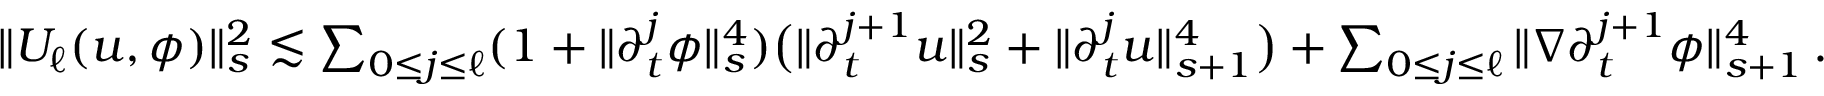
\begin{array} { r } { \| U _ { \ell } ( u , \phi ) \| _ { s } ^ { 2 } \lesssim \sum _ { 0 \leq j \leq \ell } ( 1 + \| \partial _ { t } ^ { j } \phi \| _ { s } ^ { 4 } ) \big ( \| \partial _ { t } ^ { j + 1 } u \| _ { s } ^ { 2 } + \| \partial _ { t } ^ { j } u \| _ { s + 1 } ^ { 4 } \big ) + \sum _ { 0 \leq j \leq \ell } \| \nabla \partial _ { t } ^ { j + 1 } \phi \| _ { s + 1 } ^ { 4 } \, . } \end{array}